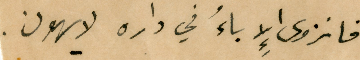
فانزوى الإِباءُ في داره لا يهون.